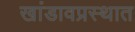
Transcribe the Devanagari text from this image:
खांडावप्रस्थात